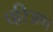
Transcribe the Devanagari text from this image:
परिअण